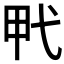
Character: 𰐍